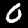
Digit: 0